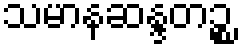
သမာနဆန္ဒတဉ္စ